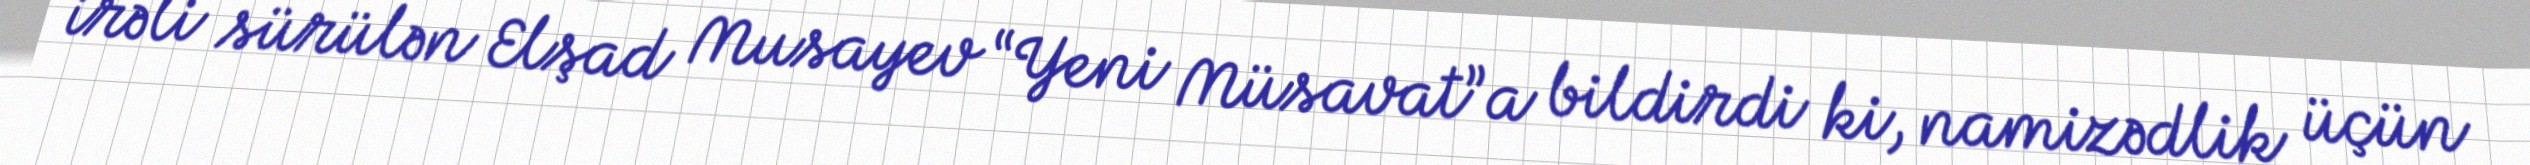
irəli sürülən Elşad Musayev “Yeni Müsavat”a bildirdi ki, namizədlik üçün